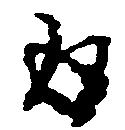
返